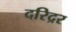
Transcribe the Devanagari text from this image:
दरिद्रर